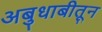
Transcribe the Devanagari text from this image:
अबुधाबीतून